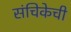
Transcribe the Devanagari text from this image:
संचिकेची